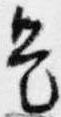
是